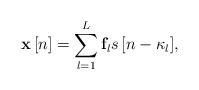
LaTeX: \begin{align*} {\bf{x}}\left[ n \right] = \sum\limits_{l = 1}^L {{{\bf{f}}_l}s\left[ {n - {\kappa _l}} \right]}, \end{align*}